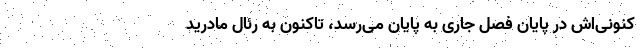
کنونی‌اش در پایان فصل جاری به پایان می‌رسد، تاکنون به رئال مادرید